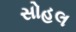
સોહલ